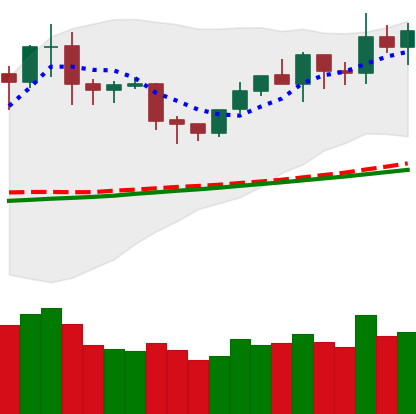
Ticker: NEO-USD
Chart end date: 2020-02-04
Forward return: 16.106%
Label: up_7plus